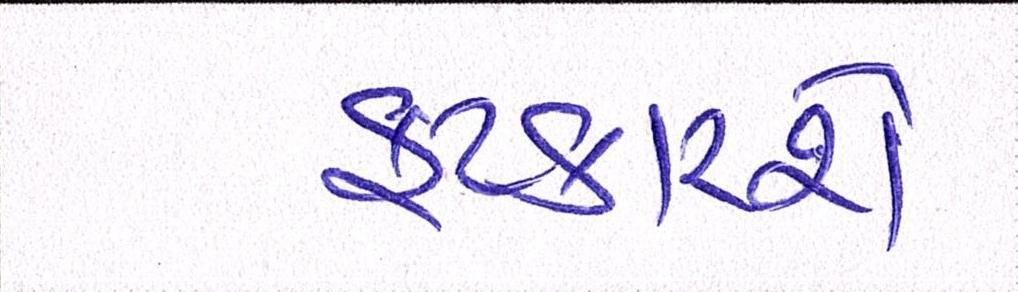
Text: ફટકારાશે